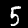
Digit: 5